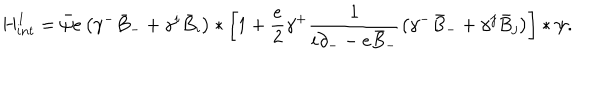
LaTeX: { H } _ { i n t } ^ { 1 } = \bar { \psi } e \left( \gamma ^ { - } \bar { B } _ { - } + \gamma ^ { i } \bar { B } _ { i } \right) \ast \left[ 1 + \frac { e } { 2 } \gamma ^ { + } \frac { 1 } { i \partial _ { - } - e \bar { B } _ { - } } \left( \gamma ^ { - } \bar { B } _ { - } + \gamma ^ { j } \bar { B } _ { j } \right) \right] \ast \psi .